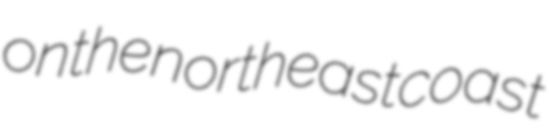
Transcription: on the northeast coast